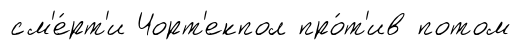
см'е́рт'и Чорт'екпол про́т'ив потом